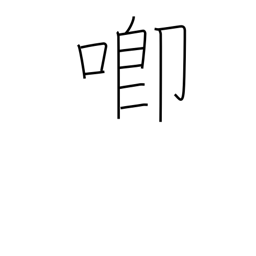
Meaning: speak resentfully